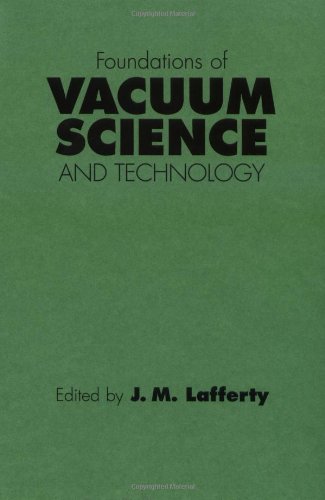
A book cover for Foundations of Vacuum Science and Technology; Science & Math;